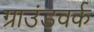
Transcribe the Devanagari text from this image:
ग्राउंडवर्क